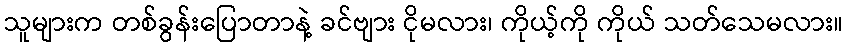
သူများက တစ်ခွန်းပြောတာနဲ့ ခင်ဗျား ငိုမလား၊ ကိုယ့်ကို ကိုယ် သတ်သေမလား။